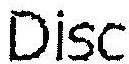
DISC